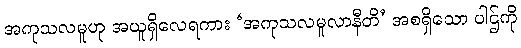
အကုသလမူဟု အယူရှိလေရကား ‘အကုသလမူလာနီတိ’ အစရှိသော ပါဌ်ကို